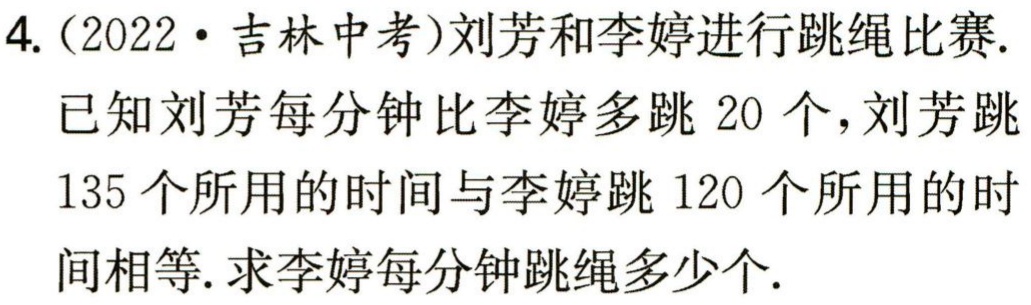
4.（2022·吉林中考）刘芳和李婷进行跳绳比赛.

已知刘芳每分钟比李婷多跳20个，刘芳跳

135个所用的时间与李婷跳120个所用的时

间相等. 求李婷每分钟跳绳多少个.